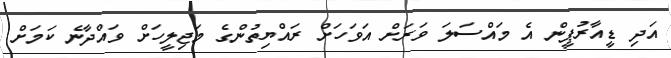
އަދި ޑީއާރުޕީން އެ މައްސަލަ ވަރަށް އަވަހަށް ރައްޔިތުންގެ މަޖިލީހަށް ވައްދާނެ ކަމަށް